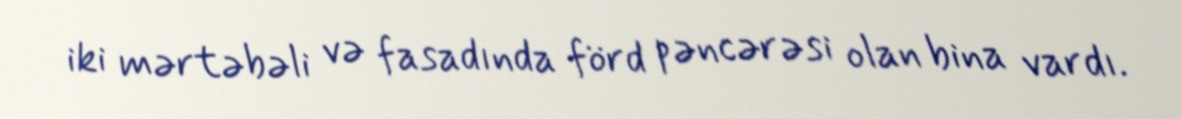
iki mərtəbəli və fasadında förd pəncərəsi olan bina vardı.